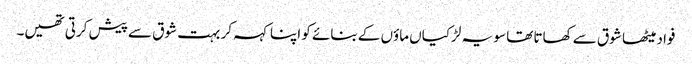
فواد میٹھا شوق سے کھاتا تھا سو یہ لڑکیاں ماؤں کے بنائے کو اپنا کہہ کر بہت شوق سے پیش کرتی تھیں۔